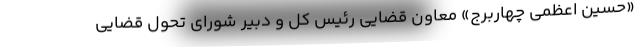
«حسین اعظمی چهاربرج» معاون قضایی رئیس کل و دبیر شورای تحول قضایی